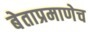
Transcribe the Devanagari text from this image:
बेताप्रमाणेच